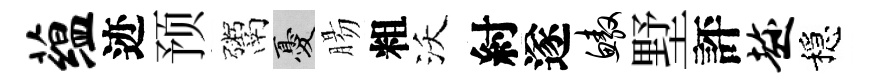
蕴迹预鬻憂腸粗沃紂遂鳌墅評趁穩